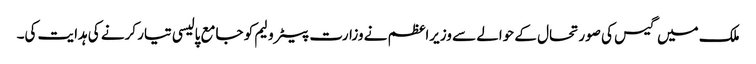
ملک میں گیس کی صورتحال کے حوالے سے وزیراعظم نے وزارت پیٹرولیم کو جامع پالیسی تیار کرنے کی ہدایت کی۔